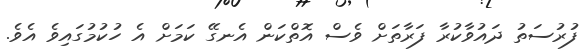
ފުރުސަތު ދައުވާކުރާ ފަރާތަށް ވެސް އޮތްކަން އެނގޭ ކަމަށް އެ ހުކުމުގައިވެ އެވެ.